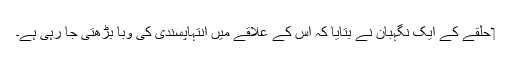
‏ حلقے کے ایک نگہبان نے بتایا کہ اُس کے علاقے میں اِنتہاپسندی کی وبا بڑھتی جا رہی ہے۔